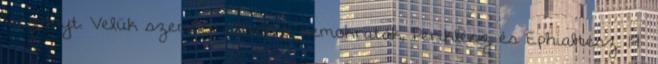
viszonyt. Velük szemben álltak a demokraták, Periklész és Ephialtész. 19